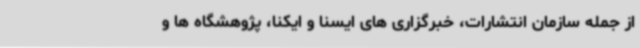
از جمله سازمان انتشارات، خبرگزاری های ایسنا و ایکنا، پژوهشگاه ها و